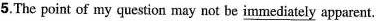
5.The point of my question may not be \underline{immediately} apparent.